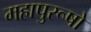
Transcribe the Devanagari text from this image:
महापुरूषो